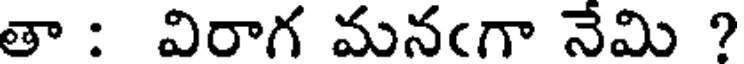
తా : విరాగ మనఁగా నేమి ?